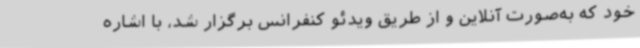
خود که به‌صورت آنلاین و از طریق ویدئو کنفرانس برگزار شد، با اشاره